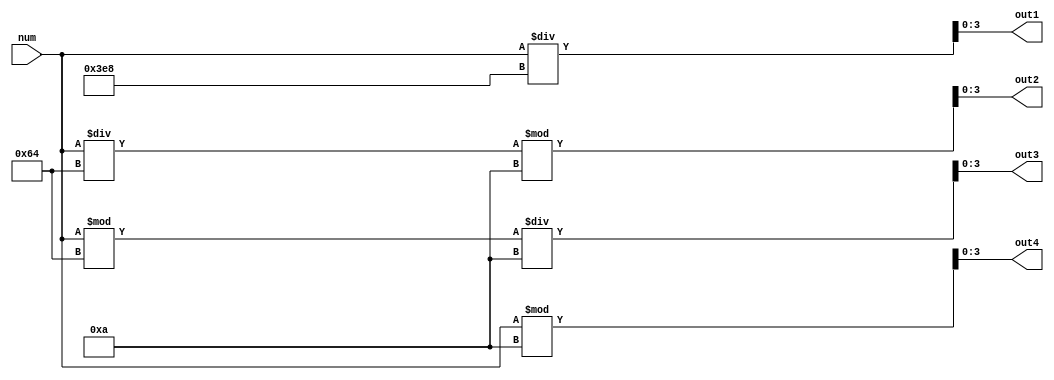
module uint_seg_div(num, out1, out2, out3, out4);

input [15:0] num;
output [3:0] out1;
output [3:0] out2;
output [3:0] out3;
output [3:0] out4;

assign out1 = num / 1000;
assign out2 = (num / 100) % 10;
assign out3 = (num % 100) / 10;
assign out4 = num % 10;

endmodule